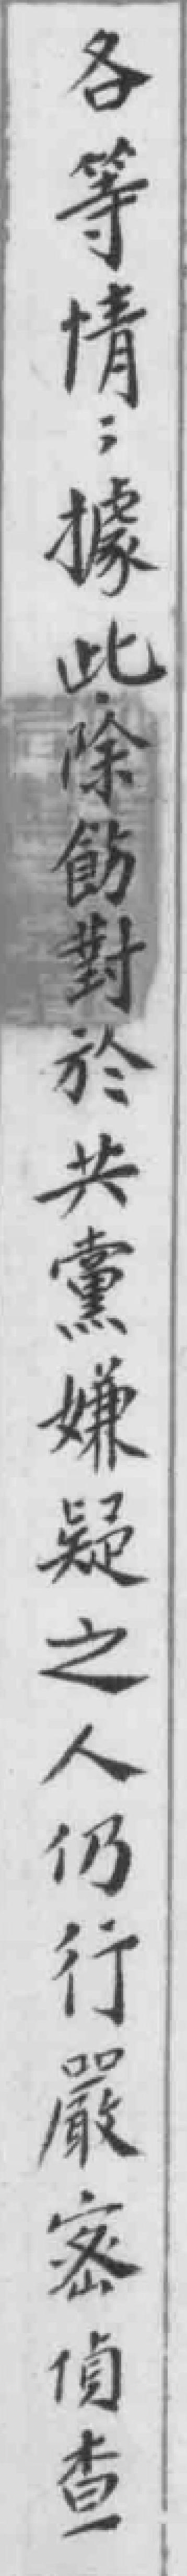
各等情；據此除飭對於共黨嫌疑之人仍行嚴宻偵查